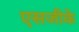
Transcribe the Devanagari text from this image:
एसजीके